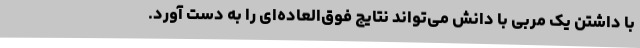
با داشتن یک‌ مربی با دانش می‌تواند نتایج فوق‌العاده‌ای را به دست آورد.